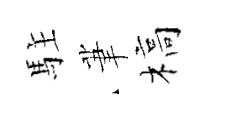
駐茟槁